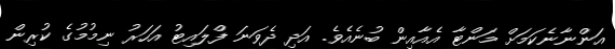
އަންނާނެކަމަށް މަންޓާ އެއާއިން ބުނެއެވެ. އަދި ދެވަނަ ފްލައިޓު އަހަރު ނިމުމުގެ ކުރިން